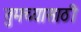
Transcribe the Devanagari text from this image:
तुमच्यासाठी